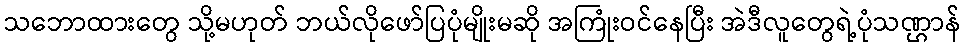
သဘောထားတွေ သို့မဟုတ် ဘယ်လိုဖော်ပြပုံမျိုးမဆို အကြုံးဝင်နေပြီး အဲဒီလူတွေရဲ့ပုံသဏ္ဌာန်